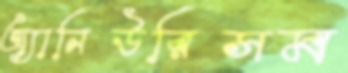
অ্যানিউরিসম